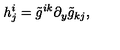
h _ { j } ^ { i } = \tilde { g } ^ { i k } \partial _ { y } \tilde { g } _ { k j } ,